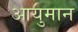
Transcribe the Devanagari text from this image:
आयुमान